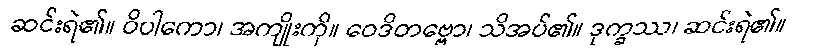
ဆင်းရဲ၏။ ဝိပါကော၊ အကျိုးကို။ ဝေဒိတဗ္ဗော၊ သိအပ်၏။ ဒုက္ခဿ၊ ဆင်းရဲ၏။